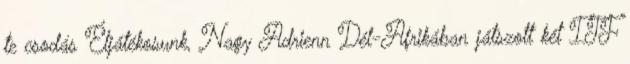
te csodás Éljátékosunk, Nagy Adrienn Dél-Afrikában játszott két ITF